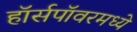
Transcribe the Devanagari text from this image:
हॉर्सपॉवरमध्ये